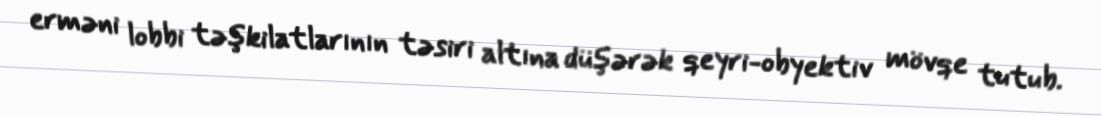
erməni lobbi təşkilatlarının təsiri altına düşərək qeyri-obyektiv mövqe tutub.